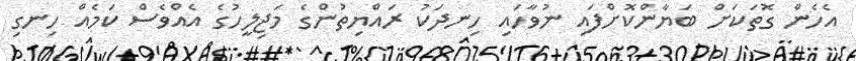
އެހެން ގޮތަކަށް ބަޔާންކޮށްފައި ނުވާހައި ހިނދަކު ރައްޔިތުންގެ މަޖިލީހުގެ އެއްވެސް ކަމެއް ހިނގި